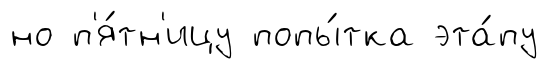
но п'я́тн'ицу попы́тка эта́пу